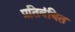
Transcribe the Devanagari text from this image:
प्रतिबंबित